Punjab Mental Hospital Lahore 1922-31 - 1922-1931
Year: 1922
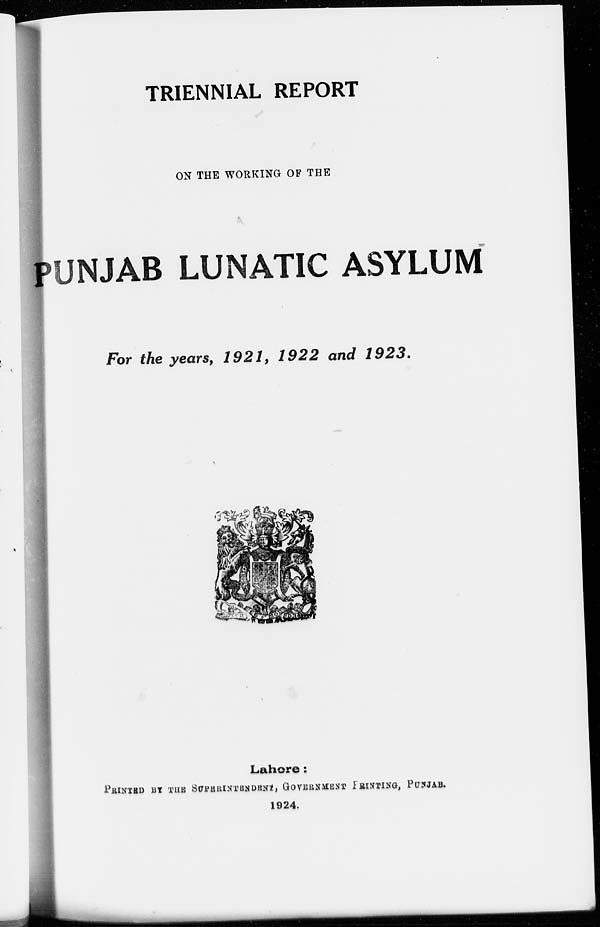
TRIENNIAL REPORT
ON THE WORKING OF THE
PUNJAB LUNATIC ASYLUM
For the years, 1921, 1922 and 1923.
Lahore :
PRINTED BY THE SUPERINTENDENT , GOVERNMENT
PRINTING,
PUNJAB,
1924.